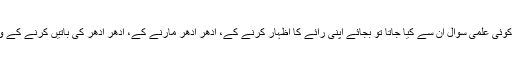
ایک بات کہتی ہیں ان میں مَیں نے دیکھی ہے کہ جب کبھی کوئی علمی سوال ان سے کیا جاتا تو بجائے اپنی رائے کا اظہار کرنے کے، ادھر ادھر مارنے کے، ادھر ادھر کی باتیں کرنے کے وہ ہمیشہ اسلامی تعلیم جو ہے اس بارے میں بتایا کرتی تھیں ۔